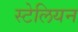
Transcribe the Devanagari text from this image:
स्टेलियन